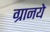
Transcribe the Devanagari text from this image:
ग्रानये